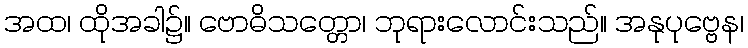
အထ၊ ထိုအခါ၌။ ဗောဓိသတ္တော၊ ဘုရားလောင်းသည်။ အနုပုဗ္ဗေန၊